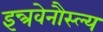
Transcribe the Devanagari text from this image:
इन्त्रवेनौस्ल्य